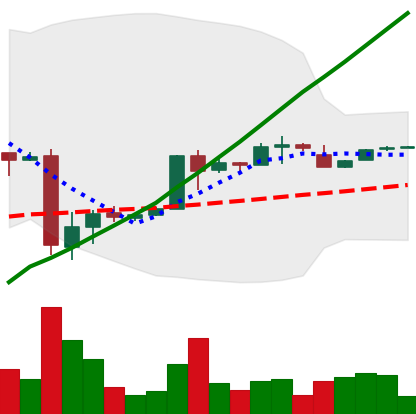
Ticker: BTC-USD
Chart end date: 2017-01-28
Forward return: 9.788%
Label: up_7plus